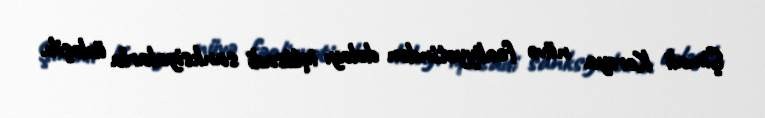
Şimali Koreya nüvə fəaliyyətindən dolayı iqtisadi sanksiyalarla üzləşib.